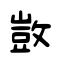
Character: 敳